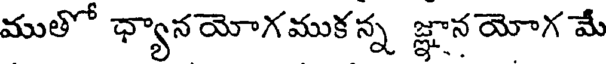
ముతో ఛ్యానయోగముకన్న జ్ఞాన యోగ మే